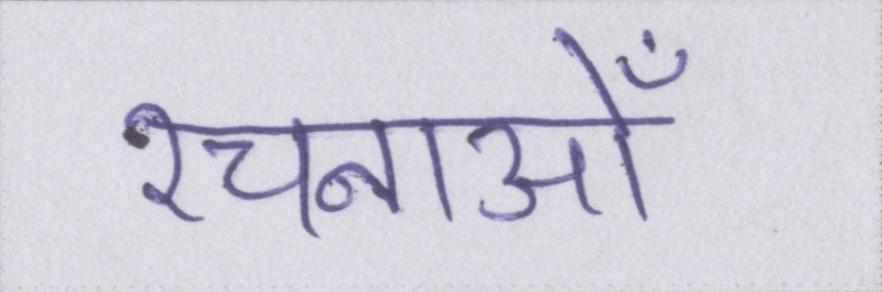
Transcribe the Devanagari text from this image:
रचनाओँ